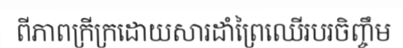
ពីភាពក្រីក្រដោយសារដាំព្រៃឈើរបរចិញ្ចឹម